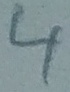
Text: 4